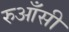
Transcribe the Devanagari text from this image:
रुआँसी